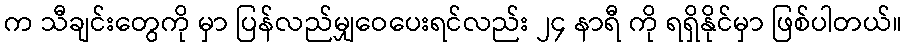
က သီချင်းတွေကို မှာ ပြန်လည်မျှဝေပေးရင်လည်း ၂၄ နာရီ ကို ရရှိနိုင်မှာ ဖြစ်ပါတယ်။